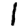
Digit: 1